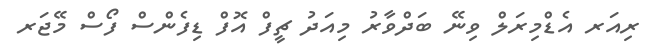
ރިއަރ އެޑްމިރަލް ވިނޭ ބަދްވާރު މިއަދު ޗީފް އޮފް ޑިފެންސް ފޯސް މޭޖަރ